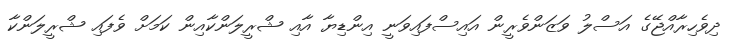
ދިވެހިރާއްޖޭގެ އަސްލު ވަޒަންވެރީން އައިސްފައިވަނީ އިންޑިޔާ އާއި ޝްރީލަންކާއިން ކަމަށް ވެފައި ޝްރީލަންކާ